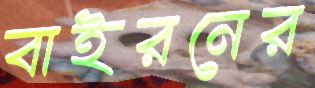
বাইরনের